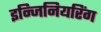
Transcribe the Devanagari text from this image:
इन्जिनियरिंग